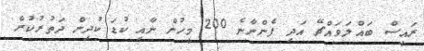
ރައީސް ބައްލަވައްޗޭ އަދި ފެންނާނެ 200 މީހުން ނާއި ކުޑަ ކުދިން ދަތުރުުކުރާ